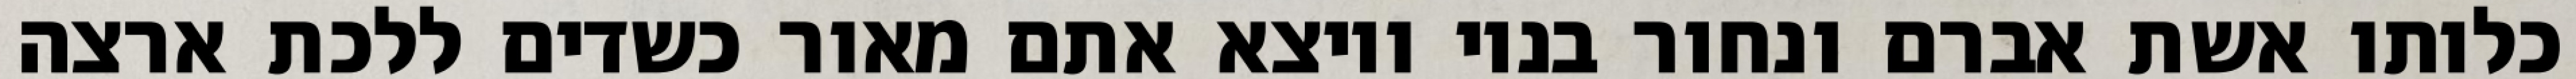
כלותו אשת אברם ונחור בניו ויוצא אתם מאור כשדים ללכת ארצה